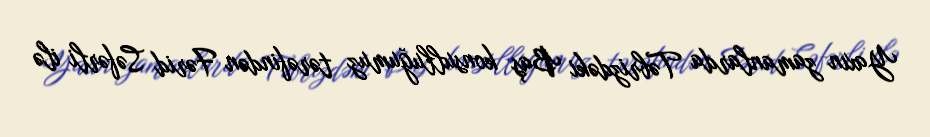
Yaxın zamanlarda Təbrizdəki Baş konsulluğumuz tərəfindən Fərid Səfərli ilə